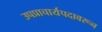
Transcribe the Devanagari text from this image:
उपप्राचार्यपदावरून